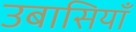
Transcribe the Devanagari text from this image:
उबासियाँ